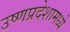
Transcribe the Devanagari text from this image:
उष्णप्रदेशामध्ये